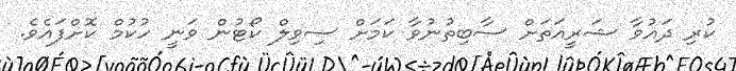
ކުރި ދައުވާ ޝަރީއަތަށް ސާބިތުނުވާ ކަމަށް ސިވިލް ކޯޓުން ވަނީ ހުކުމް ކޮށްފައެވެ.